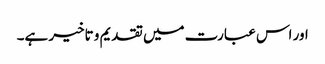
اور اس عبارت میں تقدیم و تاخیر ہے۔